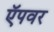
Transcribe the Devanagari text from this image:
ऍपवर